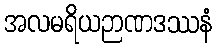
အလမရိယဉာဏဒဿနံ